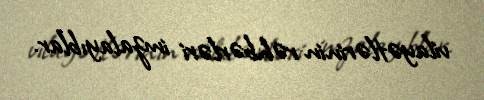
vilayətlərinin rəhbərləri imzalayıblar.